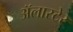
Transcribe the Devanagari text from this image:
अॅलास्टेर